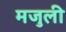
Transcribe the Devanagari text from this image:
मजुली